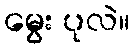
မွေး ပုလဲ။